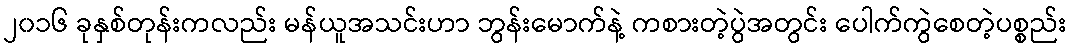
၂၀၁၆ ခုနှစ်တုန်းကလည်း မန်ယူအသင်းဟာ ဘွန်းမောက်နဲ့ ကစားတဲ့ပွဲအတွင်း ပေါက်ကွဲစေတဲ့ပစ္စည်း